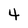
Character: 4